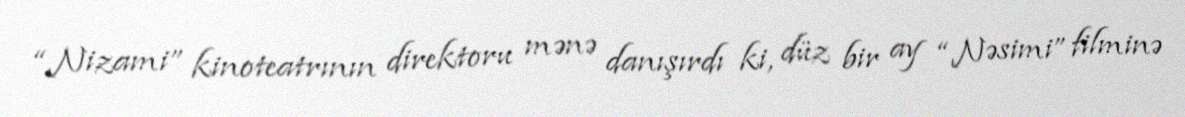
“Nizami” kinoteatrının direktoru mənə danışırdı ki, düz bir ay “Nəsimi” filminə